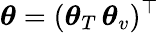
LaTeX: \boldsymbol{\theta}=(\boldsymbol{\theta}_{T}\, \boldsymbol{\theta}_{v})^{\top}